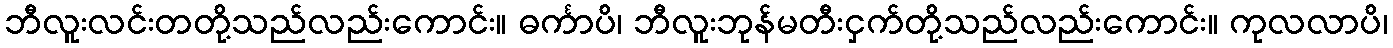
ဘီလူးလင်းတတို့သည်လည်းကောင်း။ ဓင်္ကာပိ၊ ဘီလူးဘုန်မတီးငှက်တို့သည်လည်းကောင်း။ ကုလလာပိ၊